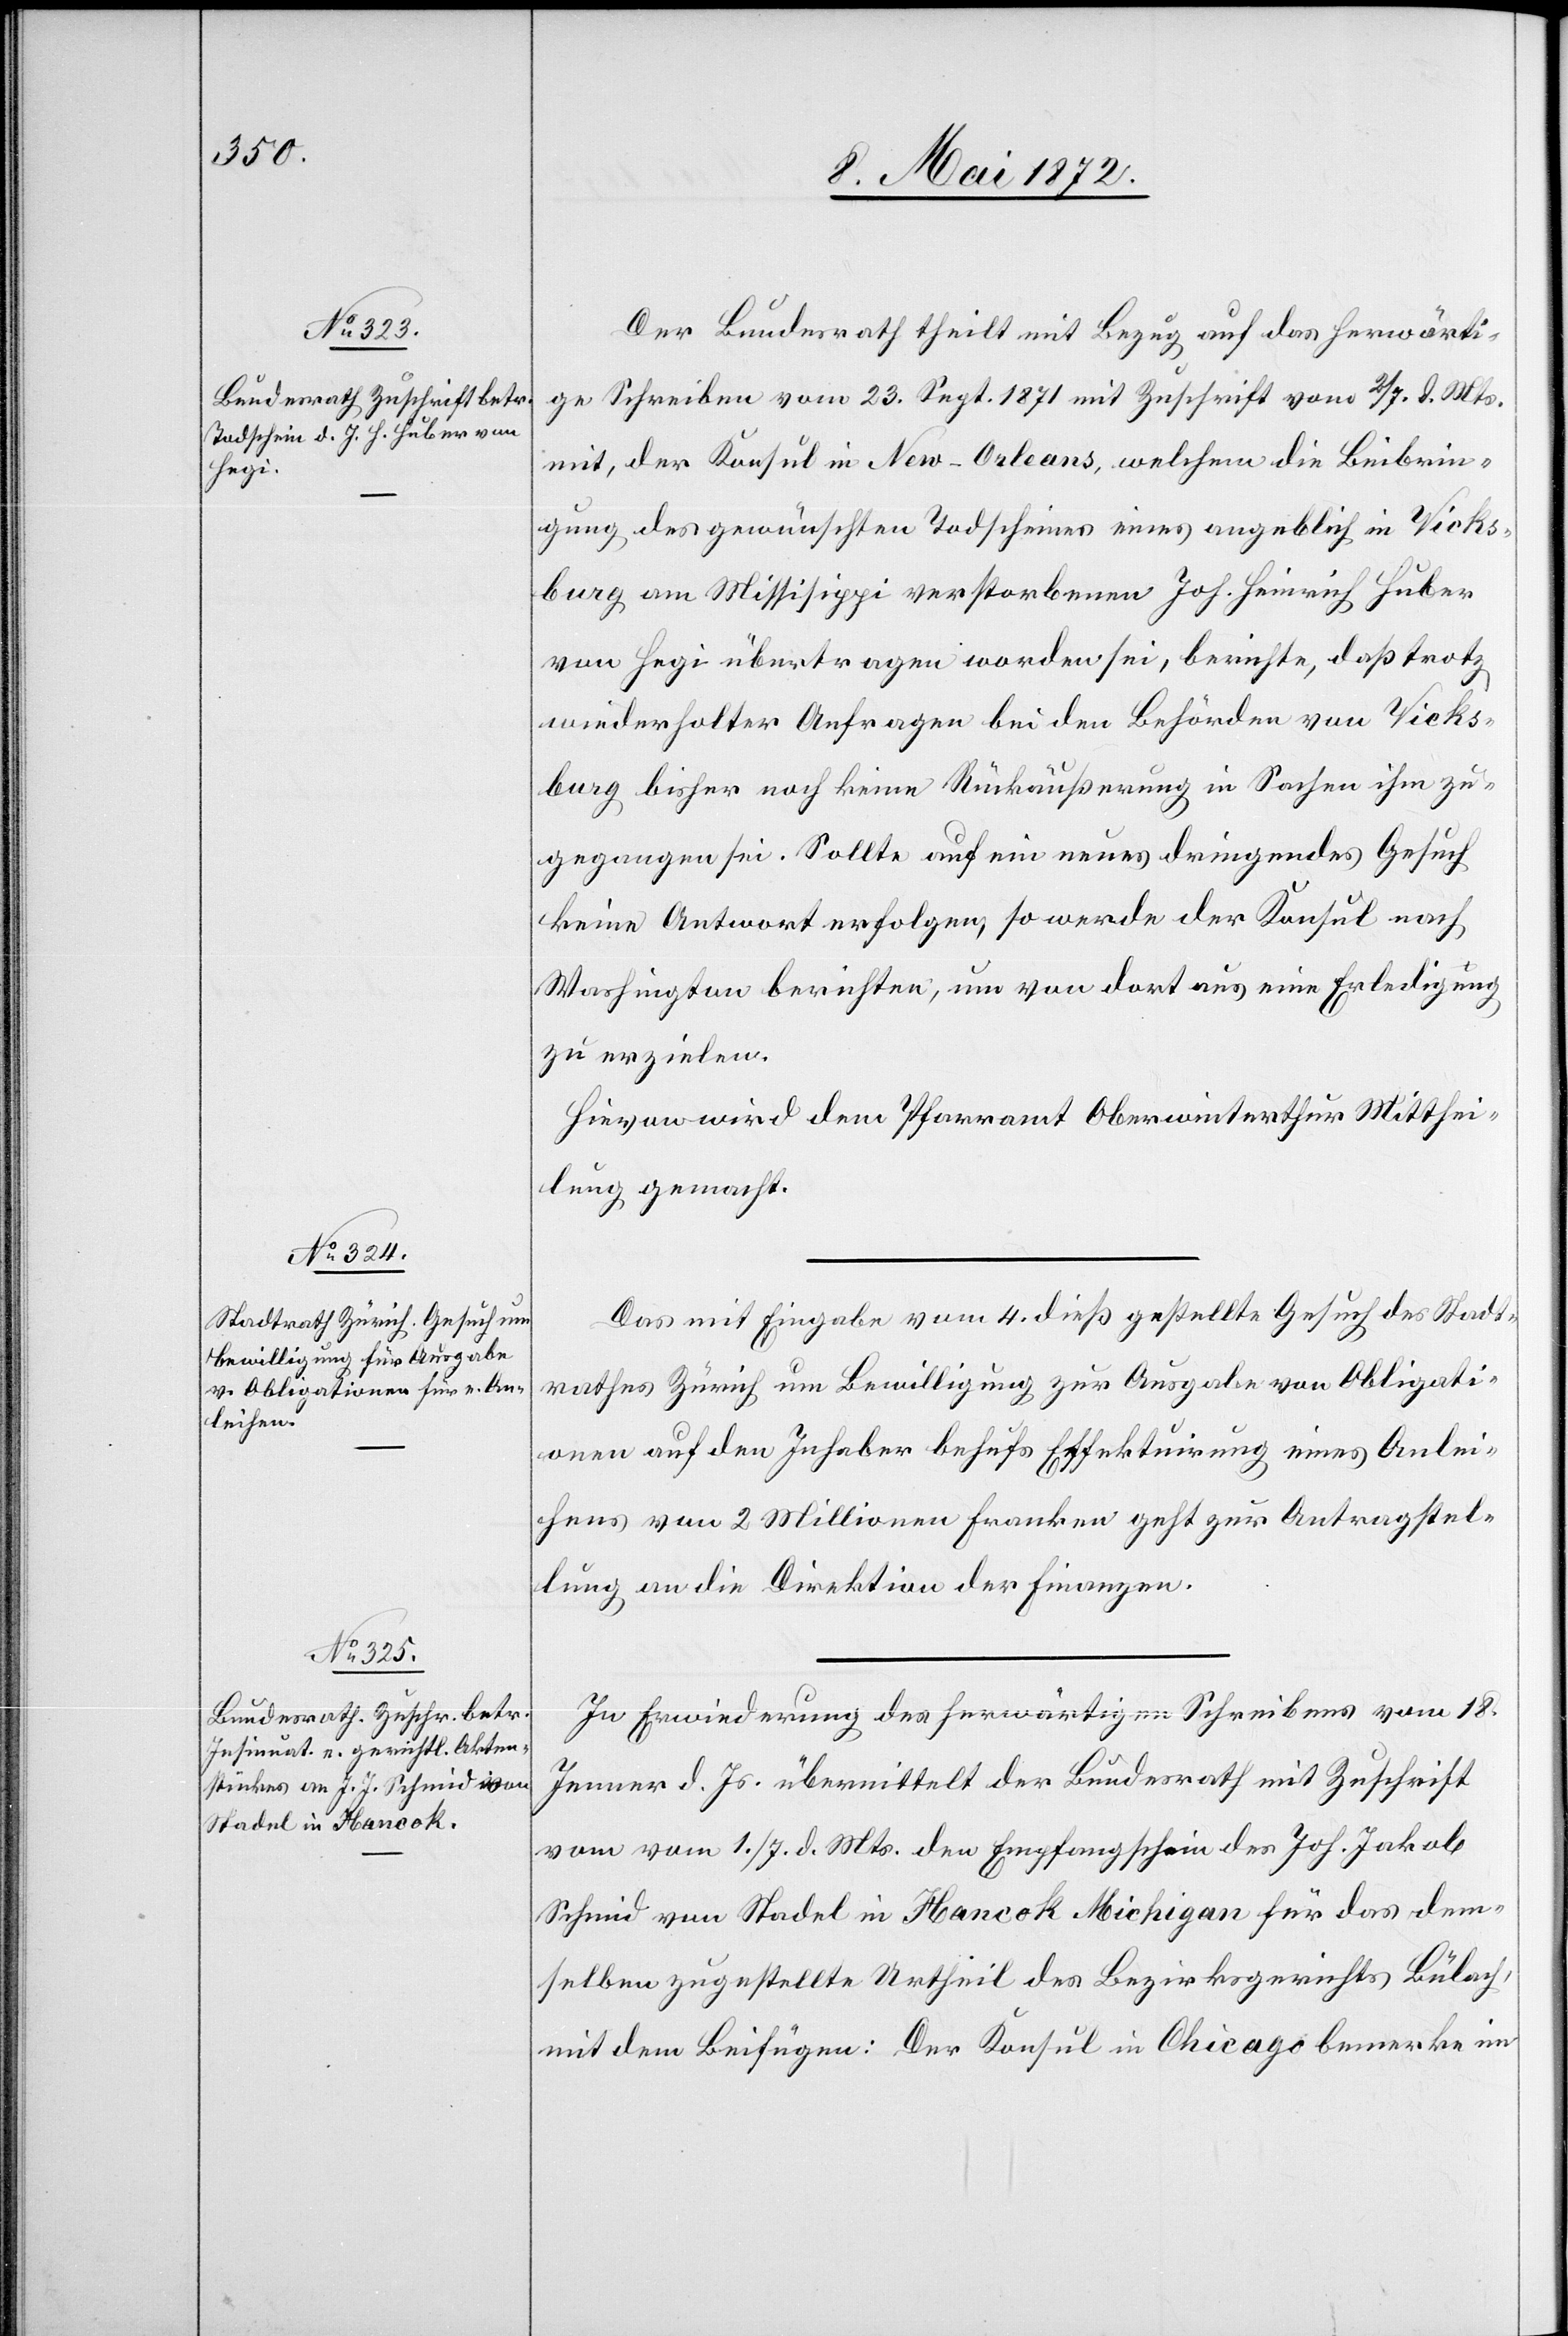
8. Mai 1872]
Der Bundesrath theilt mit Bezug auf das herwärti¬
ge Schreiben vom 23. Sept. 1871 mit Zuschrift vom 2/7. d. Mts.
mit, der Konsul in New-Orleans, welchem die Beibrin¬
gung des gewünschten Todscheines eines angeblich in Wicks¬
burg am Mississippi verstorbenen Joh. Heinrich Huber
von Hegi übertragen worden sei, berichte, daß trotz
wiederholter Anfragen bei den Behörden von Wicks¬
burg bisher noch keine Rückäußerung in Sachen ihm zu¬
gegangen sei. Sollte auf ein neues dringendes Gesuch
keine Antwort erfolgen, so werde der Konsul nach
Washington berichten, um von dort aus eine Erledigung
zu erzielen.
Hievon wird dem Pfarramt Oberwinterthur Mitthei¬
lung gemacht.
Das mit Eingabe vom 4. dieß gestellte Gesuch des Stadt¬
rathes Zürich um Bewilligung zur Ausgabe von Obligati¬
onen auf den Inhaber behufs Effektuirung eines Anlei¬
hens von 2 Millionen Franken geht zur Antragstel¬
lung an die Direktion der Finanzen.
In Erwiederung des herwärtigen Schreibens vom 18.
Jenner d. Js. übermittelt der Bundesrath mit Zuschrift
vom vom [sic!] 1./7. d. Mts den Empfangschein des Joh. Jakob
Schmid von Stadel in Hancok [sic!] Michigan für das dem¬
selben zugestellte Urtheil des Bezirksgerichts Bülach,
mit dem Beifügen: Der Konsul in Chicago bemerke im